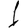
Digit: 1